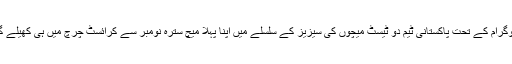
پروگرام کے تحت پاکستانی ٹیم دو ٹیسٹ میچوں کی سیزیز کے سلسلے میں اپنا پہلا میچ سترہ نومبر سے کرائسٹ چرچ میں ہی کھیلے گی۔